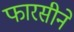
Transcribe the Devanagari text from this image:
फारसीने